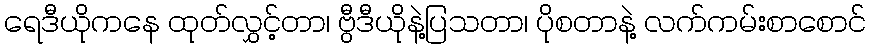
ရေဒီယိုကနေ ထုတ်လွှင့်တာ၊ ဗွီဒီယိုနဲ့ပြသတာ၊ ပိုစတာနဲ့ လက်ကမ်းစာစောင်